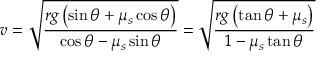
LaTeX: v = { \sqrt { \frac { r g \left( \sin \theta + \mu _ { s } \cos \theta \right) } { \cos \theta - \mu _ { s } \sin \theta } } } = { \sqrt { \frac { r g \left( \tan \theta + \mu _ { s } \right) } { 1 - \mu _ { s } \tan \theta } } }